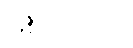
ဖြစ်ပါတယ်။